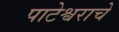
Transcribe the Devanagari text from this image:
पाटेश्वराचे